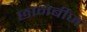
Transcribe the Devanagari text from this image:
छानबीज